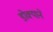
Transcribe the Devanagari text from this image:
डोक्याने